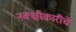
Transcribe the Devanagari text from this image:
नक्क्षीकारीचे